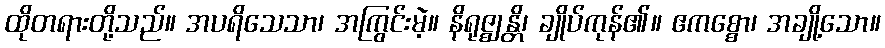
ထိုတရားတို့သည်။ အပရိသေသာ၊ အကြွင်းမဲ့။ နိရုဇ္ဈန္တိ၊ ချိုပ်ကုန်၏။ ဧကစ္စော၊ အချို့သော။